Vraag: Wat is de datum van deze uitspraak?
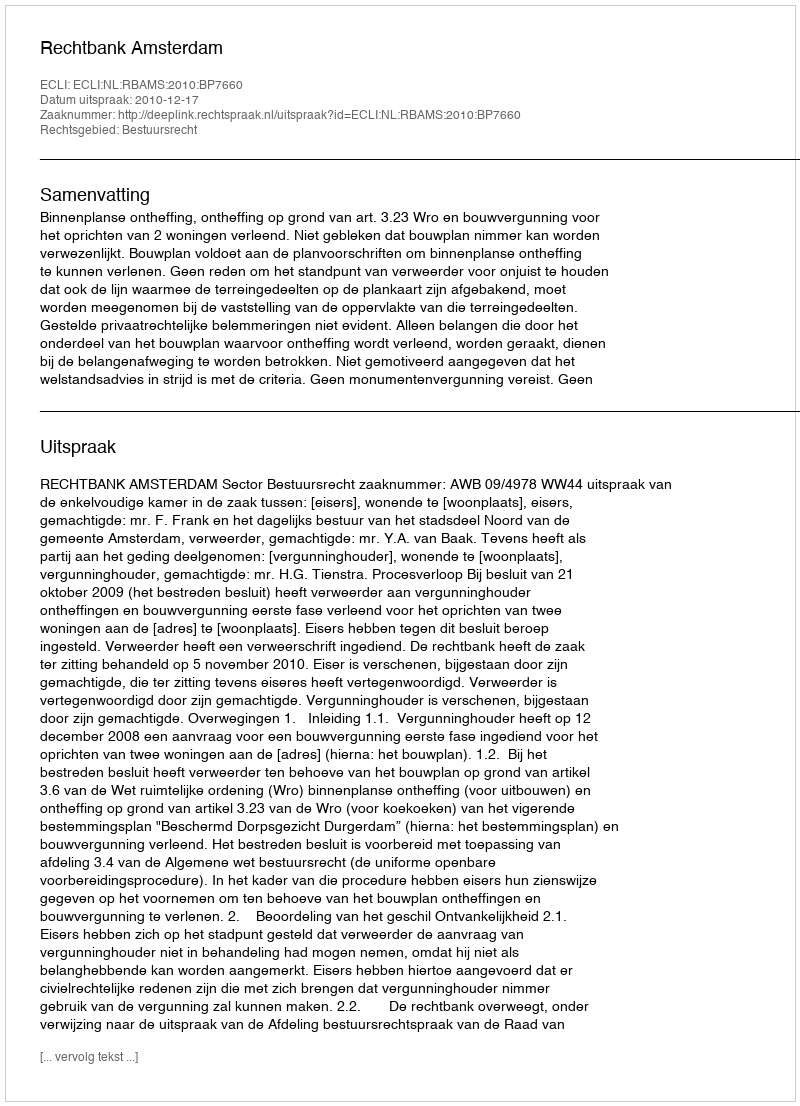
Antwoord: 2010-12-17